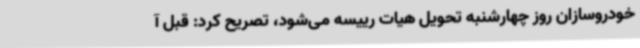
خودروسازان روز چهارشنبه تحویل هیات رییسه می‌شود، تصریح کرد: قبل آ